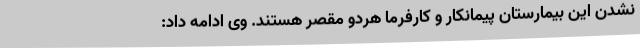
نشدن این بیمارستان پیمانکار و کارفرما هردو مقصر هستند. وی ادامه داد: